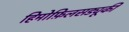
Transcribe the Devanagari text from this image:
हिमोफ़िलसड्यूकी